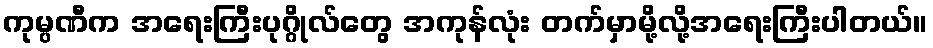
ကုမ္ပဏီက အရေးကြီးပုဂ္ဂိုလ်တွေ အကုန်လုံး တက်မှာမို့လို့အရေးကြီးပါတယ်။